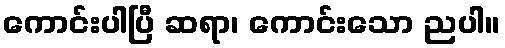
ကောင်းပါပြီ ဆရာ၊ ကောင်းသော ညပါ။